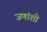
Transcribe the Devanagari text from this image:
जणांशी